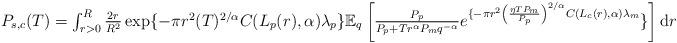
LaTeX: \begin{align*}\textstyle P_{s,c}(T)=\int_{r>0}^{R}\frac{2r}{R^2}\exp\{-\pi r^2 (T )^{2/\alpha}C(L_p(r),\alpha)\lambda_p \} \mathbb{E}_q\left[\frac{P_p}{P_p+Tr^\alpha P_m {q}^{-\alpha}}e^{\{-\pi r^2 \left(\frac{\eta T P_m}{P_p}\right)^{2/\alpha}C(L_c(r),\alpha)\lambda_m} \}\right]\mathrm{d}r \end{align*}